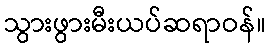
သွားဖွားမီးယပ်ဆရာဝန်။